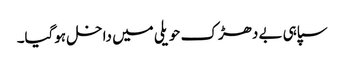
سپاہی بے دھڑک حویلی میں داخل ہوگیا۔